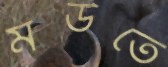
মউতে